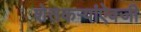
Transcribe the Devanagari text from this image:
शेतकऱ्यांऐवजी